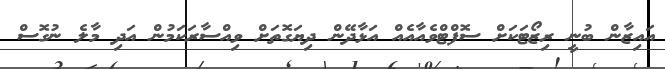
އައިޒާން ބުނީ ރިޒޯޓަކަށް ސޮފްޓްވެއާއެއް އަޅާދޭން ދިޔަގޮތަށް ވިއްސާރަކަމުން އަދި މާލެ ނުގޮސް